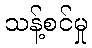
သန့်စင်မှု